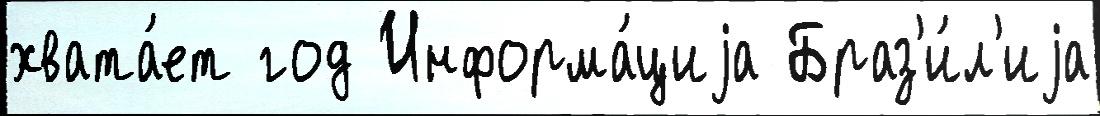
хвата́ет год Информа́циjа Браз'и́л'иjа